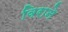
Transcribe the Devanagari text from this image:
विराने